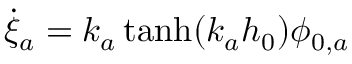
\dot { \xi } _ { a } = k _ { a } \operatorname { t a n h } ( k _ { a } h _ { 0 } ) \phi _ { 0 , a }